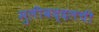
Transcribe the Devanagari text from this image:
मुलीबद्दलची